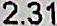
2.31